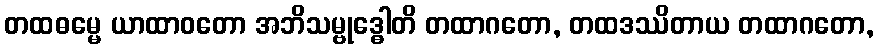
တထဓမ္မေ ယာထာဝတော အဘိသမ္ဗုဒ္ဓေါတိ တထာဂတော, တထဒဿိတာယ တထာဂတော,